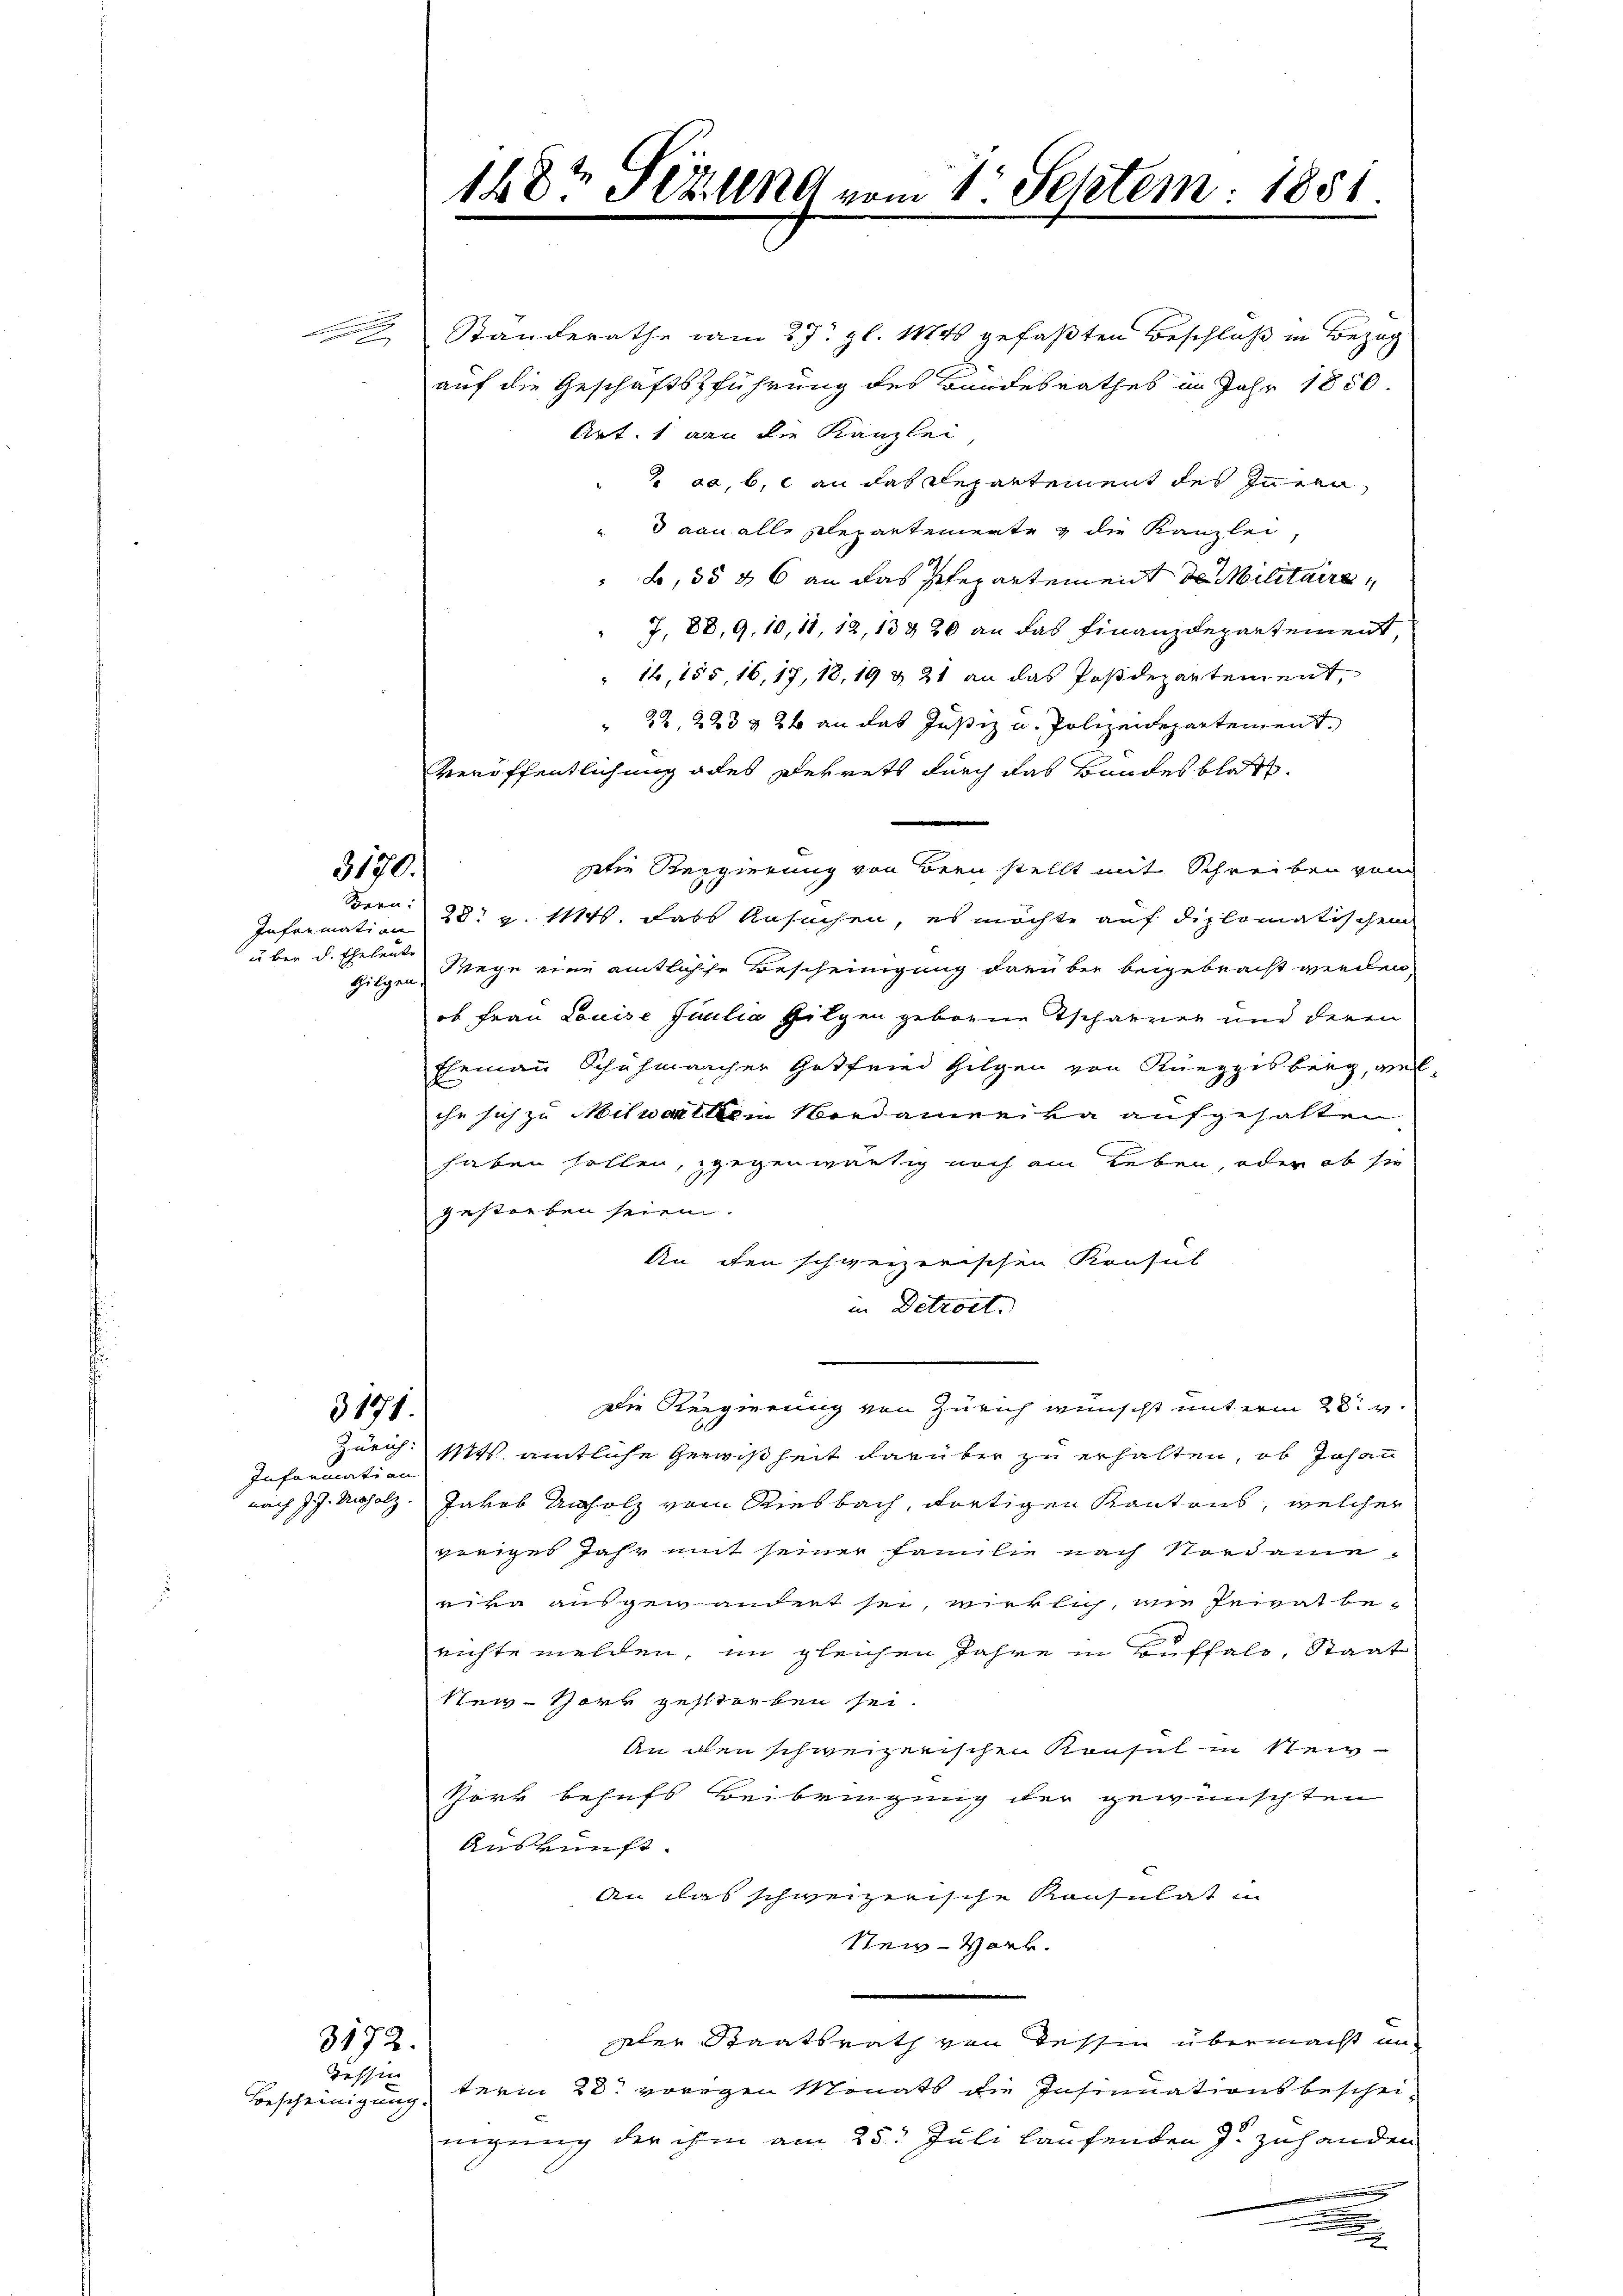
e

3170.

Infremation
über d. Eheleute
Gilgen

3171.

Information

Bescheinigung.

3172.

Standerathe vom 27. gl. Mts gefaßten Beschloß in Bezog
auf die Geschäftsführung des Bundesrathes im Jahr 1850.
Art. 1 an die Kanzlei,
2 da, b, c an das Repartement des Innern,
 van alle Departemente & die Kanzlei,
b, 35 & 6 an das Repartement des Militaire
7, 88, 9. 10, 11, 12, 13 & 20 an das Finanzdepartement,
" 16, 155, 16, 17, 18, 19 & 21 an das Postdepartement,
22, 223 & 2 t an das Justiz u. Polizeidepartement.
Veröffentlichung des Dekrets durch das Bandesblatt
ztie Regierung von Bern stellt mit Schreiben von
Spern: 28t v. Mts. dass Ansuchen, es möchte auf diplomatischen
Wege eine amtliche Bescheinigung dren bei beigebracht werden
ob Frau Louise Julia Gilgen geborne Tscharner und deren
Ehemann Schuhmacher Gotfried Gilgen von Rueggisberg, welche sich zu Mitwortlein Nordamerika aufgehalten
haben sollen, gegenwärtig noch am Leben, oder ob sie
gestorben seien.
An den schweizerischen Konsul
in Detroit.

die Regierung von Zürich wünscht mit erm 28. v.
Zürich. Mts. amtliche Gewißheit darüber zu erhalten, ob Johann
nach J. J. Unholz, Jakob Unholz vom Riesbach, dortigen Kantons, welcher
veriges Jahr mit seiner Familie nach Nordame
eihe ausgewandert sei, wirklich, wie Heirat be-
richte melden, im gleichen Jahre in Buffale, Staat
New-York gestorben sei.
An den schweizerischen Konsul in Neig¬
Spark behufs Beibringung der gewünschten
Auskunft.
An das schweizerische Kausulat in
Stein-Hark.
aler Staatsrath von Tessin übermacht un
Tessinterm 28. vorigen Monats die Insinuationsbeschei-
nigung der ihm am 25. Juli laufenden J. zuhanden
.

148t Fezung vom 1. Septem. 1881.

a